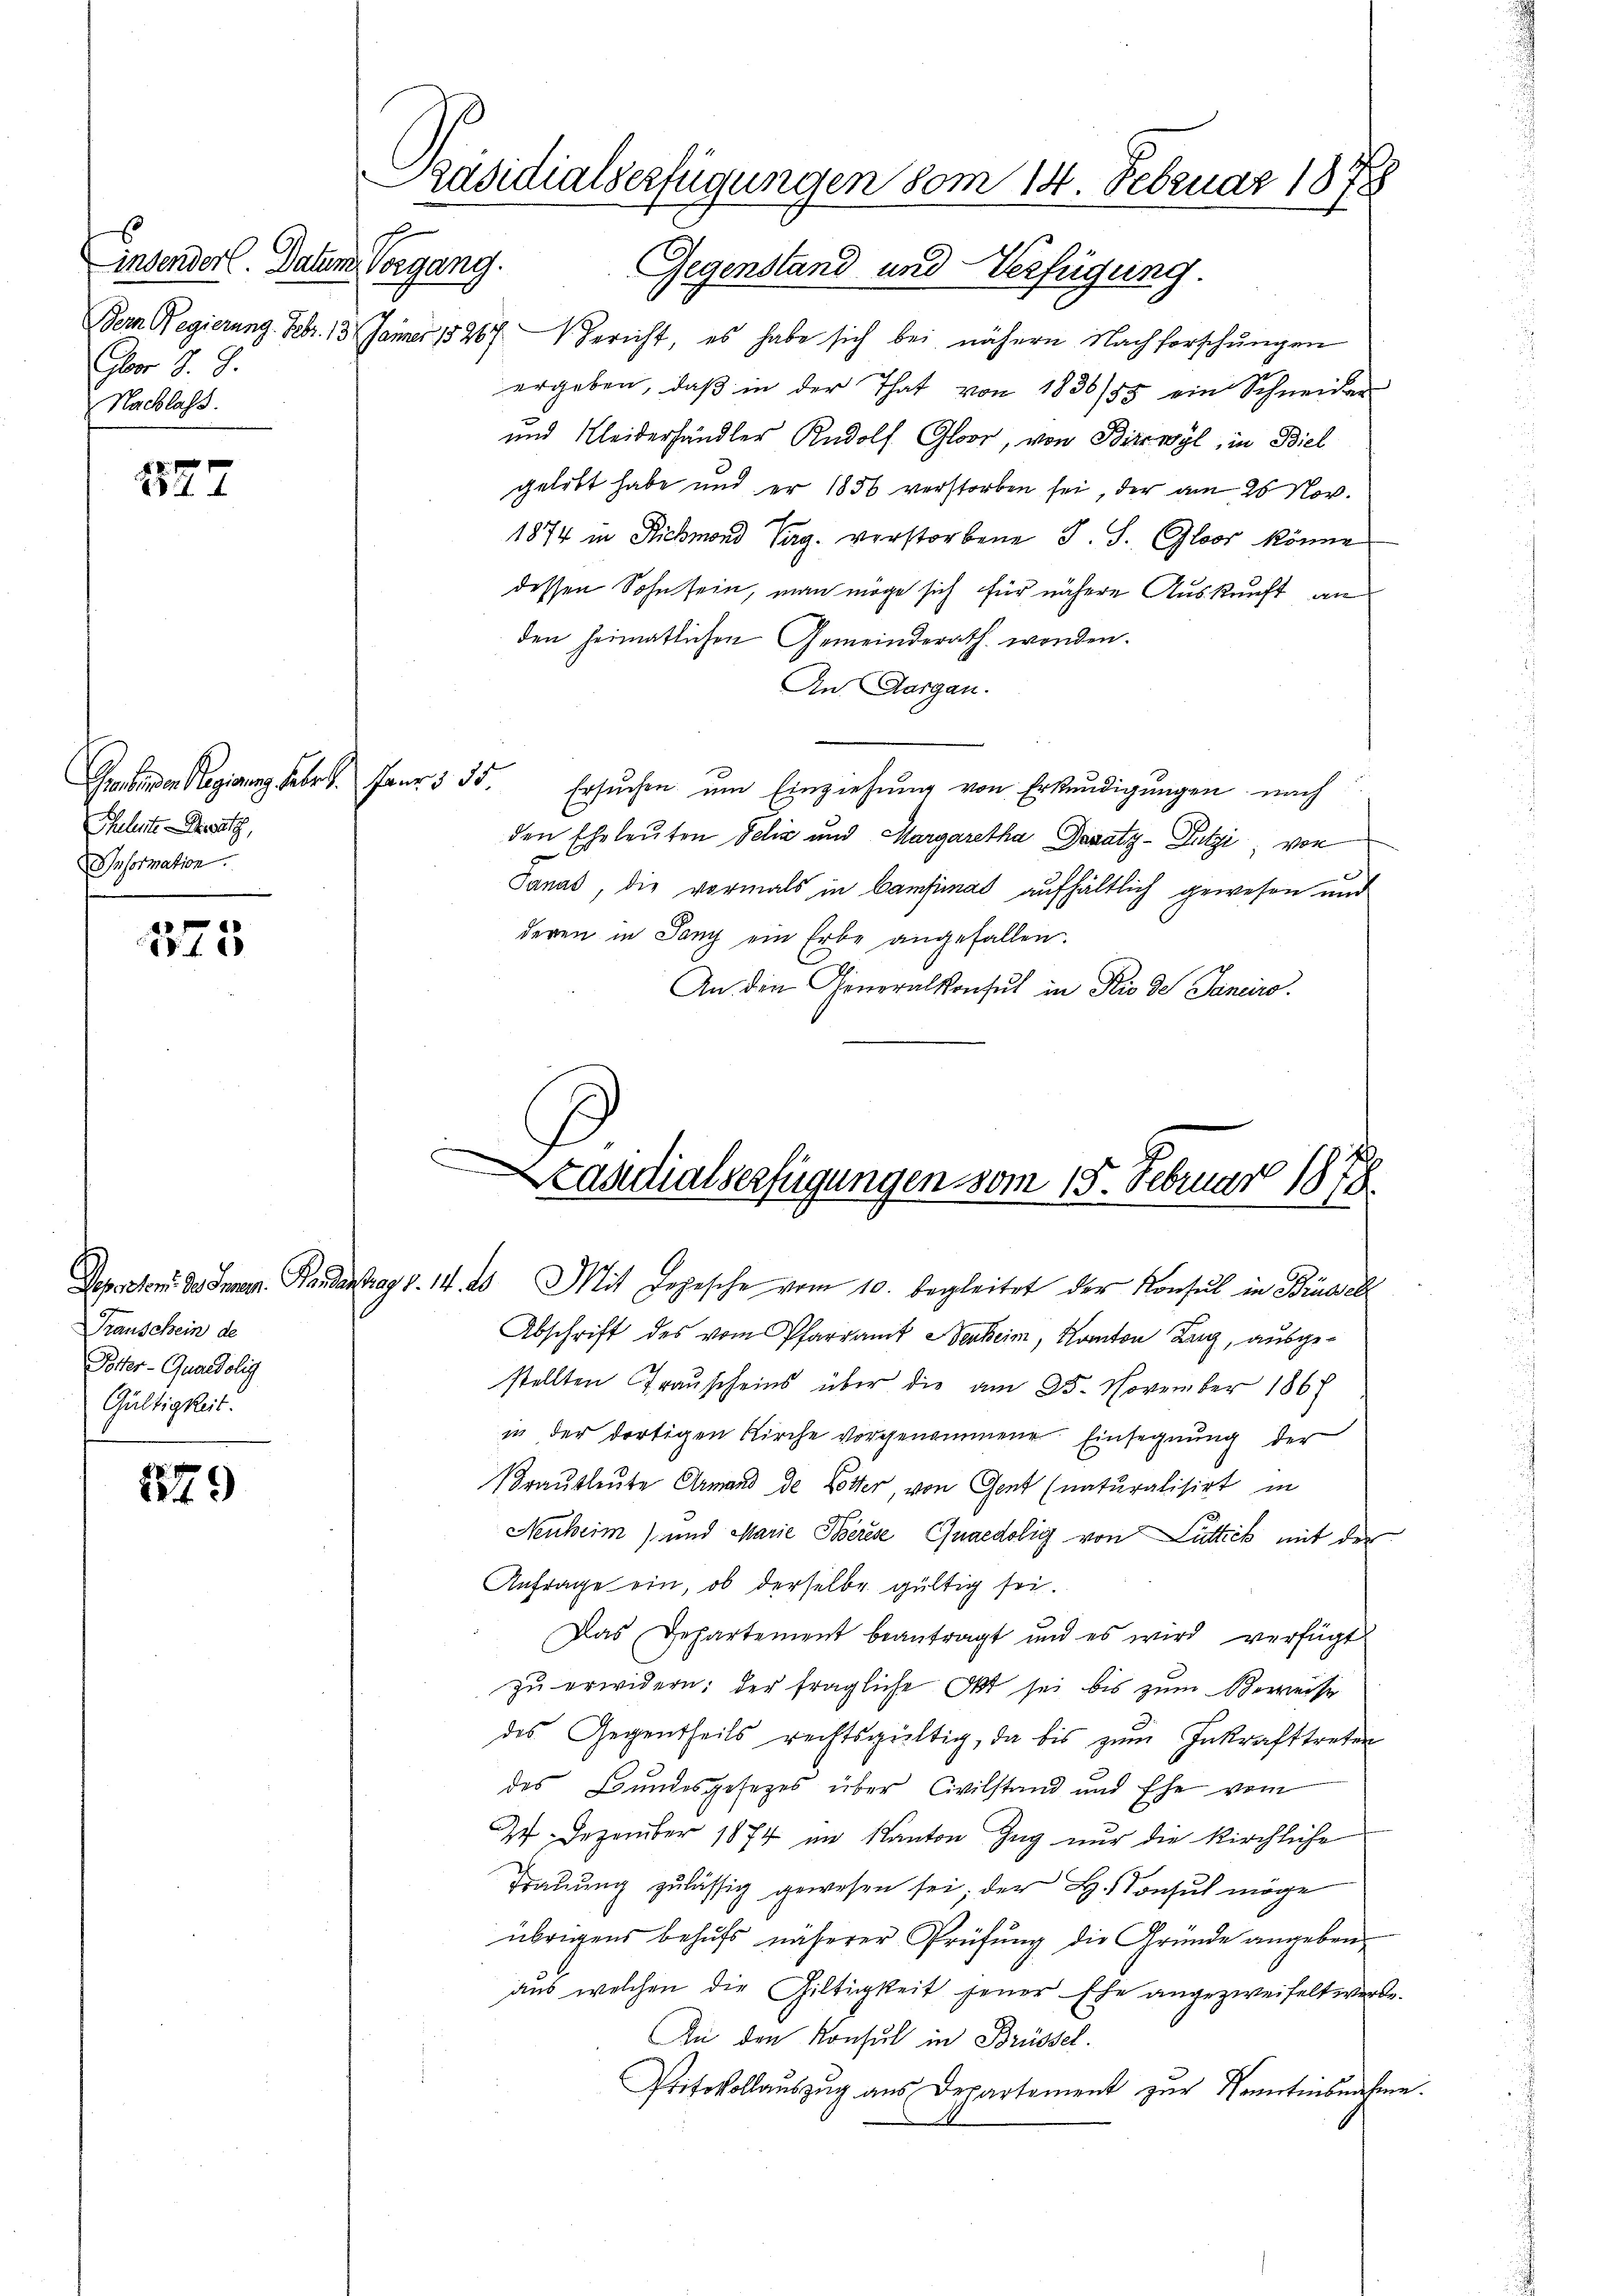
s
insenderl. Datum Vorgang.
Gbor 7. 9.
Nachlass.

2

Gerbenen Regierung Febr. Janr. 35.
Schulente Besatz,
Information.

375

Transchein de
Potter- Quandolig
Gültigkeit.

279

Gegenstand und Verfügung.
Bern Regierung. Febr. 13. Janner 18267. Gericht, es habe sich bei nähern Nachforschungen
ergeben, daβ in der That von 1836/55 ein Schneider
und Kleiderhändler Rudolf Gloor, von Birrwyl, in Biel
gelebt habe und er 1856 verstorben sei, der am 28 Nov.
1874 in Rickmond Verg. verstorbene J. S. Gloor könne
dessen Sohn sein, man möge sich für nähere Auskunft an
den heimatlichen Gemeinderath wenden.
An Aargau.
Ersŭchen ŭm Einziehŭng von Erkundigŭngen nach
den Eheleuten Felix und Margaretha Davaty-Dutzi, von
Janal, die vormals in Camfimmat aufhältlich gewesen und
deren in Sang ein Erbe angefallen.
An den Generalkonsul in Rio de Janeiro

Depreten des Innern. Handantrag v. 14. 20. Mit Depesche vom 10. begleitet der Konsul in Brüssel
Abschrift des vom Pfarramt Verheim, Kanton Lang, ausgestellten Trauscheins über die am 25. November 1868
in der dortigen Kirche vorgenommene Einsegnung der
Brautleute Ermand de Lotter, von Gent (naturalisirt in
Neuheim) und Marie Berese Quaedolig von Luttick mit der
Anfrage ein, ob derselbe gültig sei.
Das Departement beantragt und es wird verfügt
zu erwidern: der fragliche Okt sei bis zum Beweise
des Gegentheils rechtsgültig, da bis zum Inkrafttreten
des Bundesgesetzes über Civilstand und Ehe vom
27 Dezember 1874 im Kanton Zug nur die kirchliche
Trauung zulässig gewesen sei; der L. Consul möge
übrigens behufs näherer Prüfung die Gründe angebenaus welchen die Hiltigkeit jener Ehe angezweifelt werde.
An den Konsul in Brüssel.
Protokollaŭszŭg aŭs Departement zŭr Kenntnisnahme.

Präsidialserfügungen vom 14. Februar 1878

e
taudialserfügungen vom 15. Februar 1878